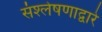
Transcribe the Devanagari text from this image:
संश्लेषणाद्वारे